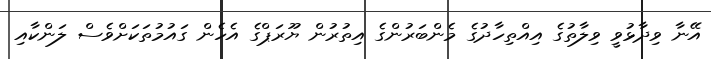
އޭނާ ވިދާޅުވީ ވިލާތުގެ އިއްތިހާދުގެ މެންބަރުންގެ އިތުރުން ޔޫރަޕްގެ އެހެން ގައުމުތަކަށްވެސް ލަންކާއި